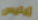
إيليس